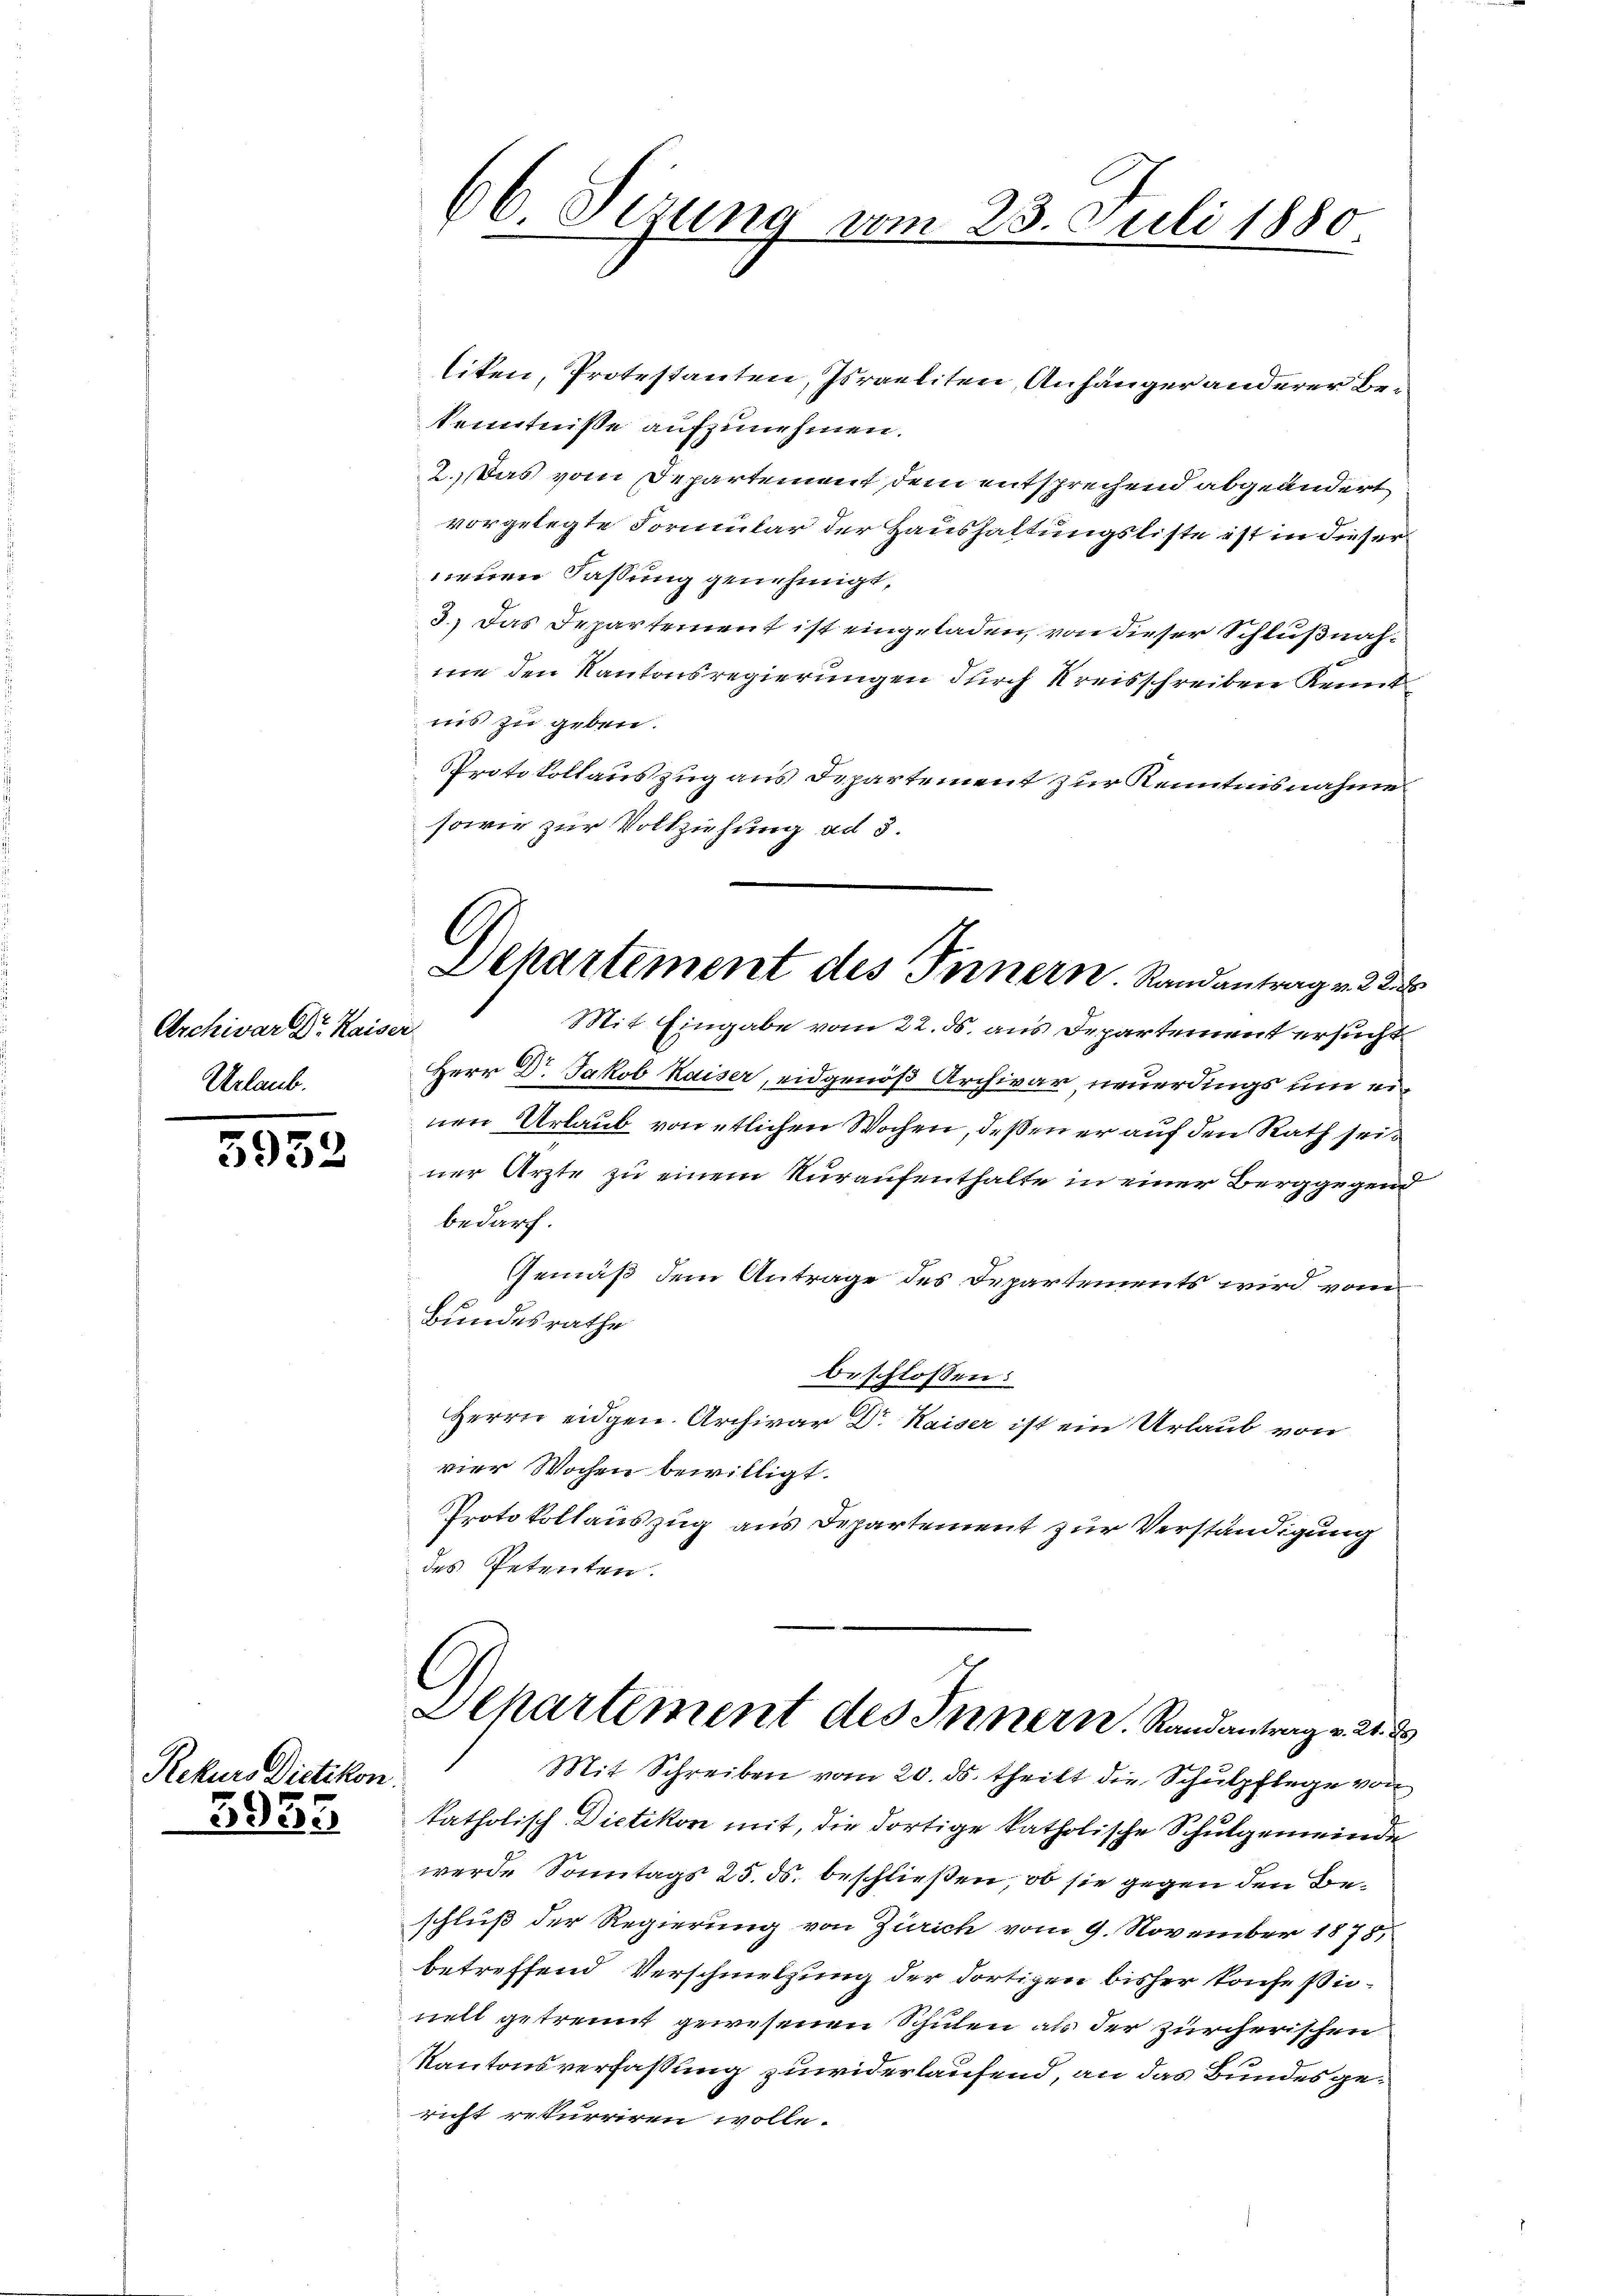
Archivar Dr. Kaiser
Urlaub.

3932

Rekurs Dietikon
3935.

66 Sizung vom 23. Juli 1880.

liten, Protestanten, Israeliten, Anhänger anderer Bekenntniße aufzunehmen.
2. Das vom Departement dem entsprechend abgeändert
vorgelegte Formular der Haushaltungsliste ist in dieser
neuen Fassung genehmigt,
3.) Das Departement ist eingeladen, von dieser Schlußnahme den Kantonsregierungen durch Kreisschreiben Kennt
ins zu geben.
PProtokollauszug aus Departement zur Kenntnisnahme
sowie zur Vollziehung ad 3.
Mit Eingabe vom 22. ds. aus Departement ersucht
Herr Dr. Jakob Kaiser, eidgenöß Archivar neuerdings um einen Urlaub von etlichen Wochen, deßen er auf den Rath seit
ner Ärzte zu einem Nuraufenthalte in einer Berggegend
bedarf.
Gemäß dem Antrage des Departements wird vom
Bundesrathe
beschlossen:
Herrn eidgen. Archivar Dr. Kaiser ist ein Urlaub von
vier Wochen bewilligt.
Protokollauszug aus Departement zur Verständigung
des Petenten.
Departement des Innern. Randantrag v. 21. 2
Mit Schreiben vom 20. ds. theilt die Schulpflege von
katholisch-Dietikon mit, die dortige katholische Schulgemeinde
werde Sonntags 25. ds. beschließen, ob sie gegen den Beschluß der Regierung von Zürich vom 9. November 1878,
betreffend Verschmelzung der dortigen bisher konfeßionell getrennt gewesenen Schulen als der zürcherischen
Kantonsverfassung zuwiderlaufend, an das Bundesgericht rekurriren wolle.

Departement des Innern. Randantrag v. 22